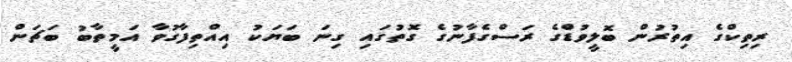
ރިތިކްގެ އިތުރުން ބޮލީވުޑްގެ ރަސްގެފާނުގެ ގޮތުގައި ގިނަ ބަޔަކު އިއްތިފާގުވާ އަމީތާބު ބަޗަން